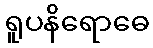
ရူပနိရောဓေ